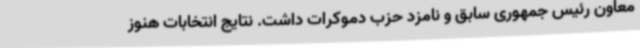
معاون رئیس جمهوری سابق و نامزد حزب دموکرات داشت. نتایج انتخابات هنوز